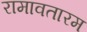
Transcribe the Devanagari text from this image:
रामावतारम